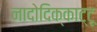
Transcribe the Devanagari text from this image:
नादोदिक्काट्टू